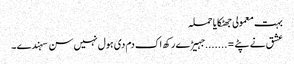
بہت معمولی جھٹکایا حملہ
عشق نے پٹے =.......جہیڑے رکھ اک دم دی ہول نہیں سن سہندے ۔